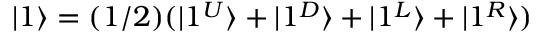
| 1 \rangle = ( 1 / 2 ) ( | 1 ^ { U } \rangle + | 1 ^ { D } \rangle + | 1 ^ { L } \rangle + | 1 ^ { R } \rangle )